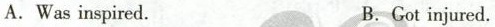
A.Was inspired. B.Got injured.